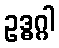
ဥဒ္ဓဂ္ဂါ